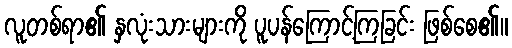
လူတစ်ရာ၏ နှလုံးသားများကို ပူပန်ကြောင့်ကြခြင်း ဖြစ်စေ၏။